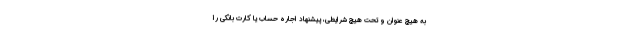
به هیچ عنوان و تحت هیچ شرایطی، پیشنهاد اجاره حساب یا کارت بانکی را